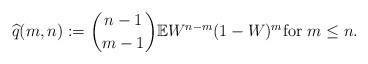
LaTeX: \begin{align*}\widehat{q}(m,n) := {n - 1\choose m - 1} \mathbb{E} W^{n-m} (1-W)^m \mbox{for}~m \le n.\end{align*}